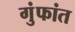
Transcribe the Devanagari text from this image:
गुंफांत